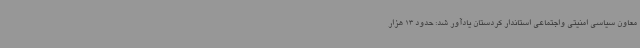
معاون سیاسی امنیتی واجتماعی استاندار کردستان یادآور شد: حدود 13 هزار